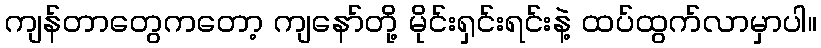
ကျန်တာတွေကတော့ ကျနော်တို့ မိုင်းရှင်းရင်းနဲ့ ထပ်ထွက်လာမှာပါ။